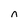
Character: n